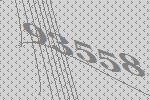
93558